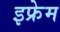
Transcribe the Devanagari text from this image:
इफ्रेम